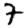
Digit: 7